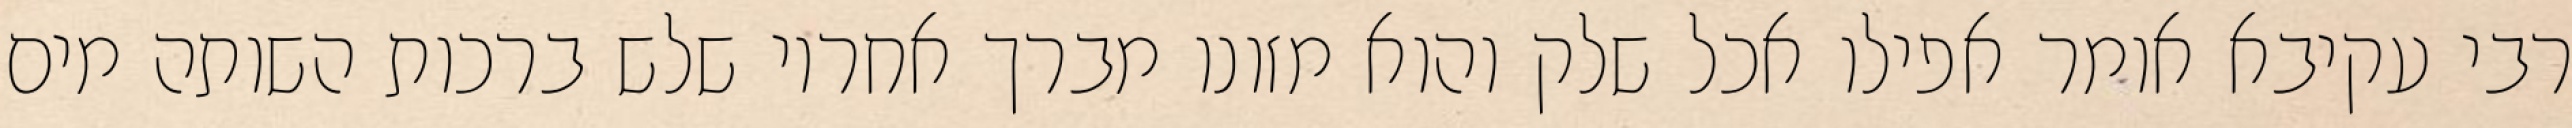
רבי עקיבא אומר אפילו אכל שלק והוא מזונו מברך אחריו שלש ברכות השותה מים